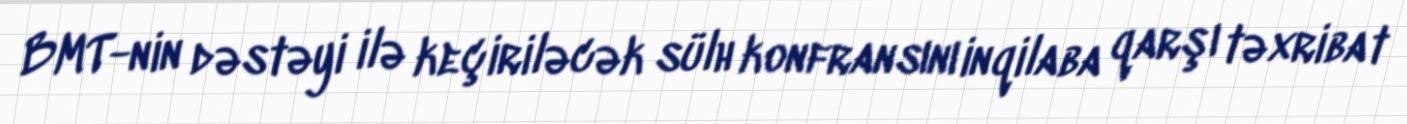
BMT-nin dəstəyi ilə keçiriləcək sülh konfransını inqilaba qarşı təxribat